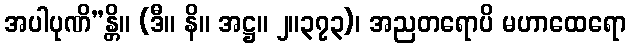
အပါပုဏိ”န္တိ။ (ဒီ။ နိ။ အဋ္ဌ။ ၂။၃၇၃)၊ အညတရောပိ မဟာထေရော